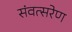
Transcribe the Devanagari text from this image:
संवत्सरेण